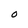
Character: O